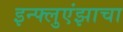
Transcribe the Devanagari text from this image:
इन्फ्लुएंझाचा